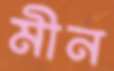
মীন